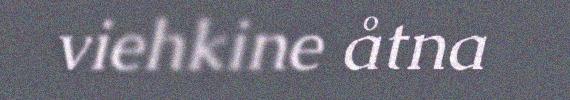
viehkine åtna